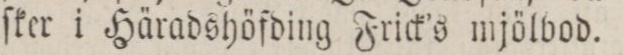
ſker i Häradshöfding Frick’s mjölbod.